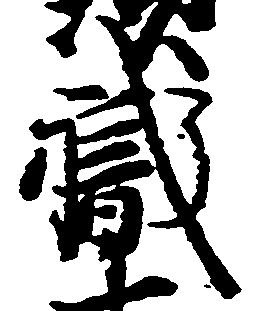
職